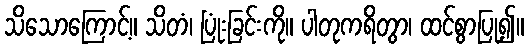
သိသောကြောင့်။ သိတံ၊ ပြုံးခြင်းကို။ ပါတုကရိတွာ၊ ထင်စွာပြု၍။